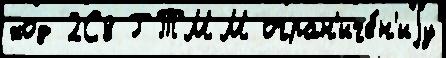
ход 2С8 ГТММ огран'иче́н'иjу